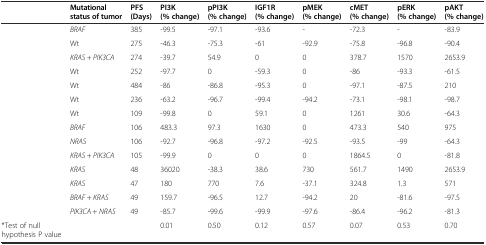
<table><thead><tr><td></td><td><b>Mutational status of tumor</b></td><td><b>PFS (Days)</b></td><td><b>PI3K (% change)</b></td><td><b>pPI3K (% change)</b></td><td><b>IGF1R (% change)</b></td><td><b>pMEK (% change)</b></td><td><b>cMET (% change)</b></td><td><b>pERK (% change)</b></td><td><b>pAKT (% change)</b></td></tr></thead><tbody><tr><td></td><td><i>BRAF</i></td><td>385</td><td>-99.5</td><td>-97.1</td><td>-93.6</td><td>-</td><td>-72.3</td><td>-</td><td>-83.9</td></tr><tr><td></td><td>Wt</td><td>275</td><td>-46.3</td><td>-75.3</td><td>-61</td><td>-92.9</td><td>-75.8</td><td>-96.8</td><td>-90.4</td></tr><tr><td></td><td><i>KRAS</i> + <i>PIK3CA</i></td><td>274</td><td>-39.7</td><td>54.9</td><td>0</td><td>0</td><td>378.7</td><td>1570</td><td>2653.9</td></tr><tr><td></td><td>Wt</td><td>252</td><td>-97.7</td><td>0</td><td>-59.3</td><td>0</td><td>-86</td><td>-93.3</td><td>-61.5</td></tr><tr><td></td><td>Wt</td><td>484</td><td>-86</td><td>-86.8</td><td>-95.3</td><td>0</td><td>-97.1</td><td>-87.5</td><td>210</td></tr><tr><td></td><td>Wt</td><td>236</td><td>-63.2</td><td>-96.7</td><td>-99.4</td><td>-94.2</td><td>-73.1</td><td>-98.1</td><td>-98.7</td></tr><tr><td></td><td>Wt</td><td>109</td><td>-99.8</td><td>0</td><td>59.1</td><td>0</td><td>1261</td><td>30.6</td><td>-64.3</td></tr><tr><td></td><td><i>BRAF</i></td><td>106</td><td>483.3</td><td>97.3</td><td>1630</td><td>0</td><td>473.3</td><td>540</td><td>975</td></tr><tr><td></td><td><i>NRAS</i></td><td>106</td><td>-92.7</td><td>-96.8</td><td>-97.2</td><td>-92.5</td><td>-93.5</td><td>-99</td><td>-64.3</td></tr><tr><td></td><td><i>KRAS</i> + <i>PIK3CA</i></td><td>105</td><td>-99.9</td><td>0</td><td>0</td><td>0</td><td>1864.5</td><td>0</td><td>-81.8</td></tr><tr><td></td><td><i>KRAS</i></td><td>48</td><td>36020</td><td>-38.3</td><td>38.6</td><td>730</td><td>561.7</td><td>1490</td><td>2653.9</td></tr><tr><td></td><td><i>KRAS</i></td><td>47</td><td>180</td><td>770</td><td>7.6</td><td>-37.1</td><td>324.8</td><td>1.3</td><td>571</td></tr><tr><td></td><td><i>BRAF</i> + <i>KRAS</i></td><td>49</td><td>159.7</td><td>-96.5</td><td>12.7</td><td>-94.2</td><td>20</td><td>-81.6</td><td>-97.5</td></tr><tr><td></td><td><i>PIK3CA</i> + <i>NRAS</i></td><td>49</td><td>-85.7</td><td>-99.6</td><td>-99.9</td><td>-97.6</td><td>-86.4</td><td>-96.2</td><td>-81.3</td></tr><tr><td>*Test of null hypothesis P value</td><td></td><td></td><td>0.01</td><td>0.50</td><td>0.12</td><td>0.57</td><td>0.07</td><td>0.53</td><td>0.70</td></tr></tbody></table>